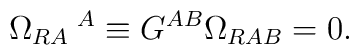
\Omega_{RA}\hspace*{1mm}^{A} \equiv G^{AB}\Omega_{RAB}=0.